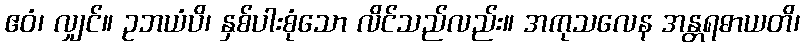
ဧဝံ၊ လျှင်။ ဥဘယံပိ၊ နှစ်ပါးစုံသော လိင်သည်လည်း။ အကုသလေန အန္တရဓာယတိ၊